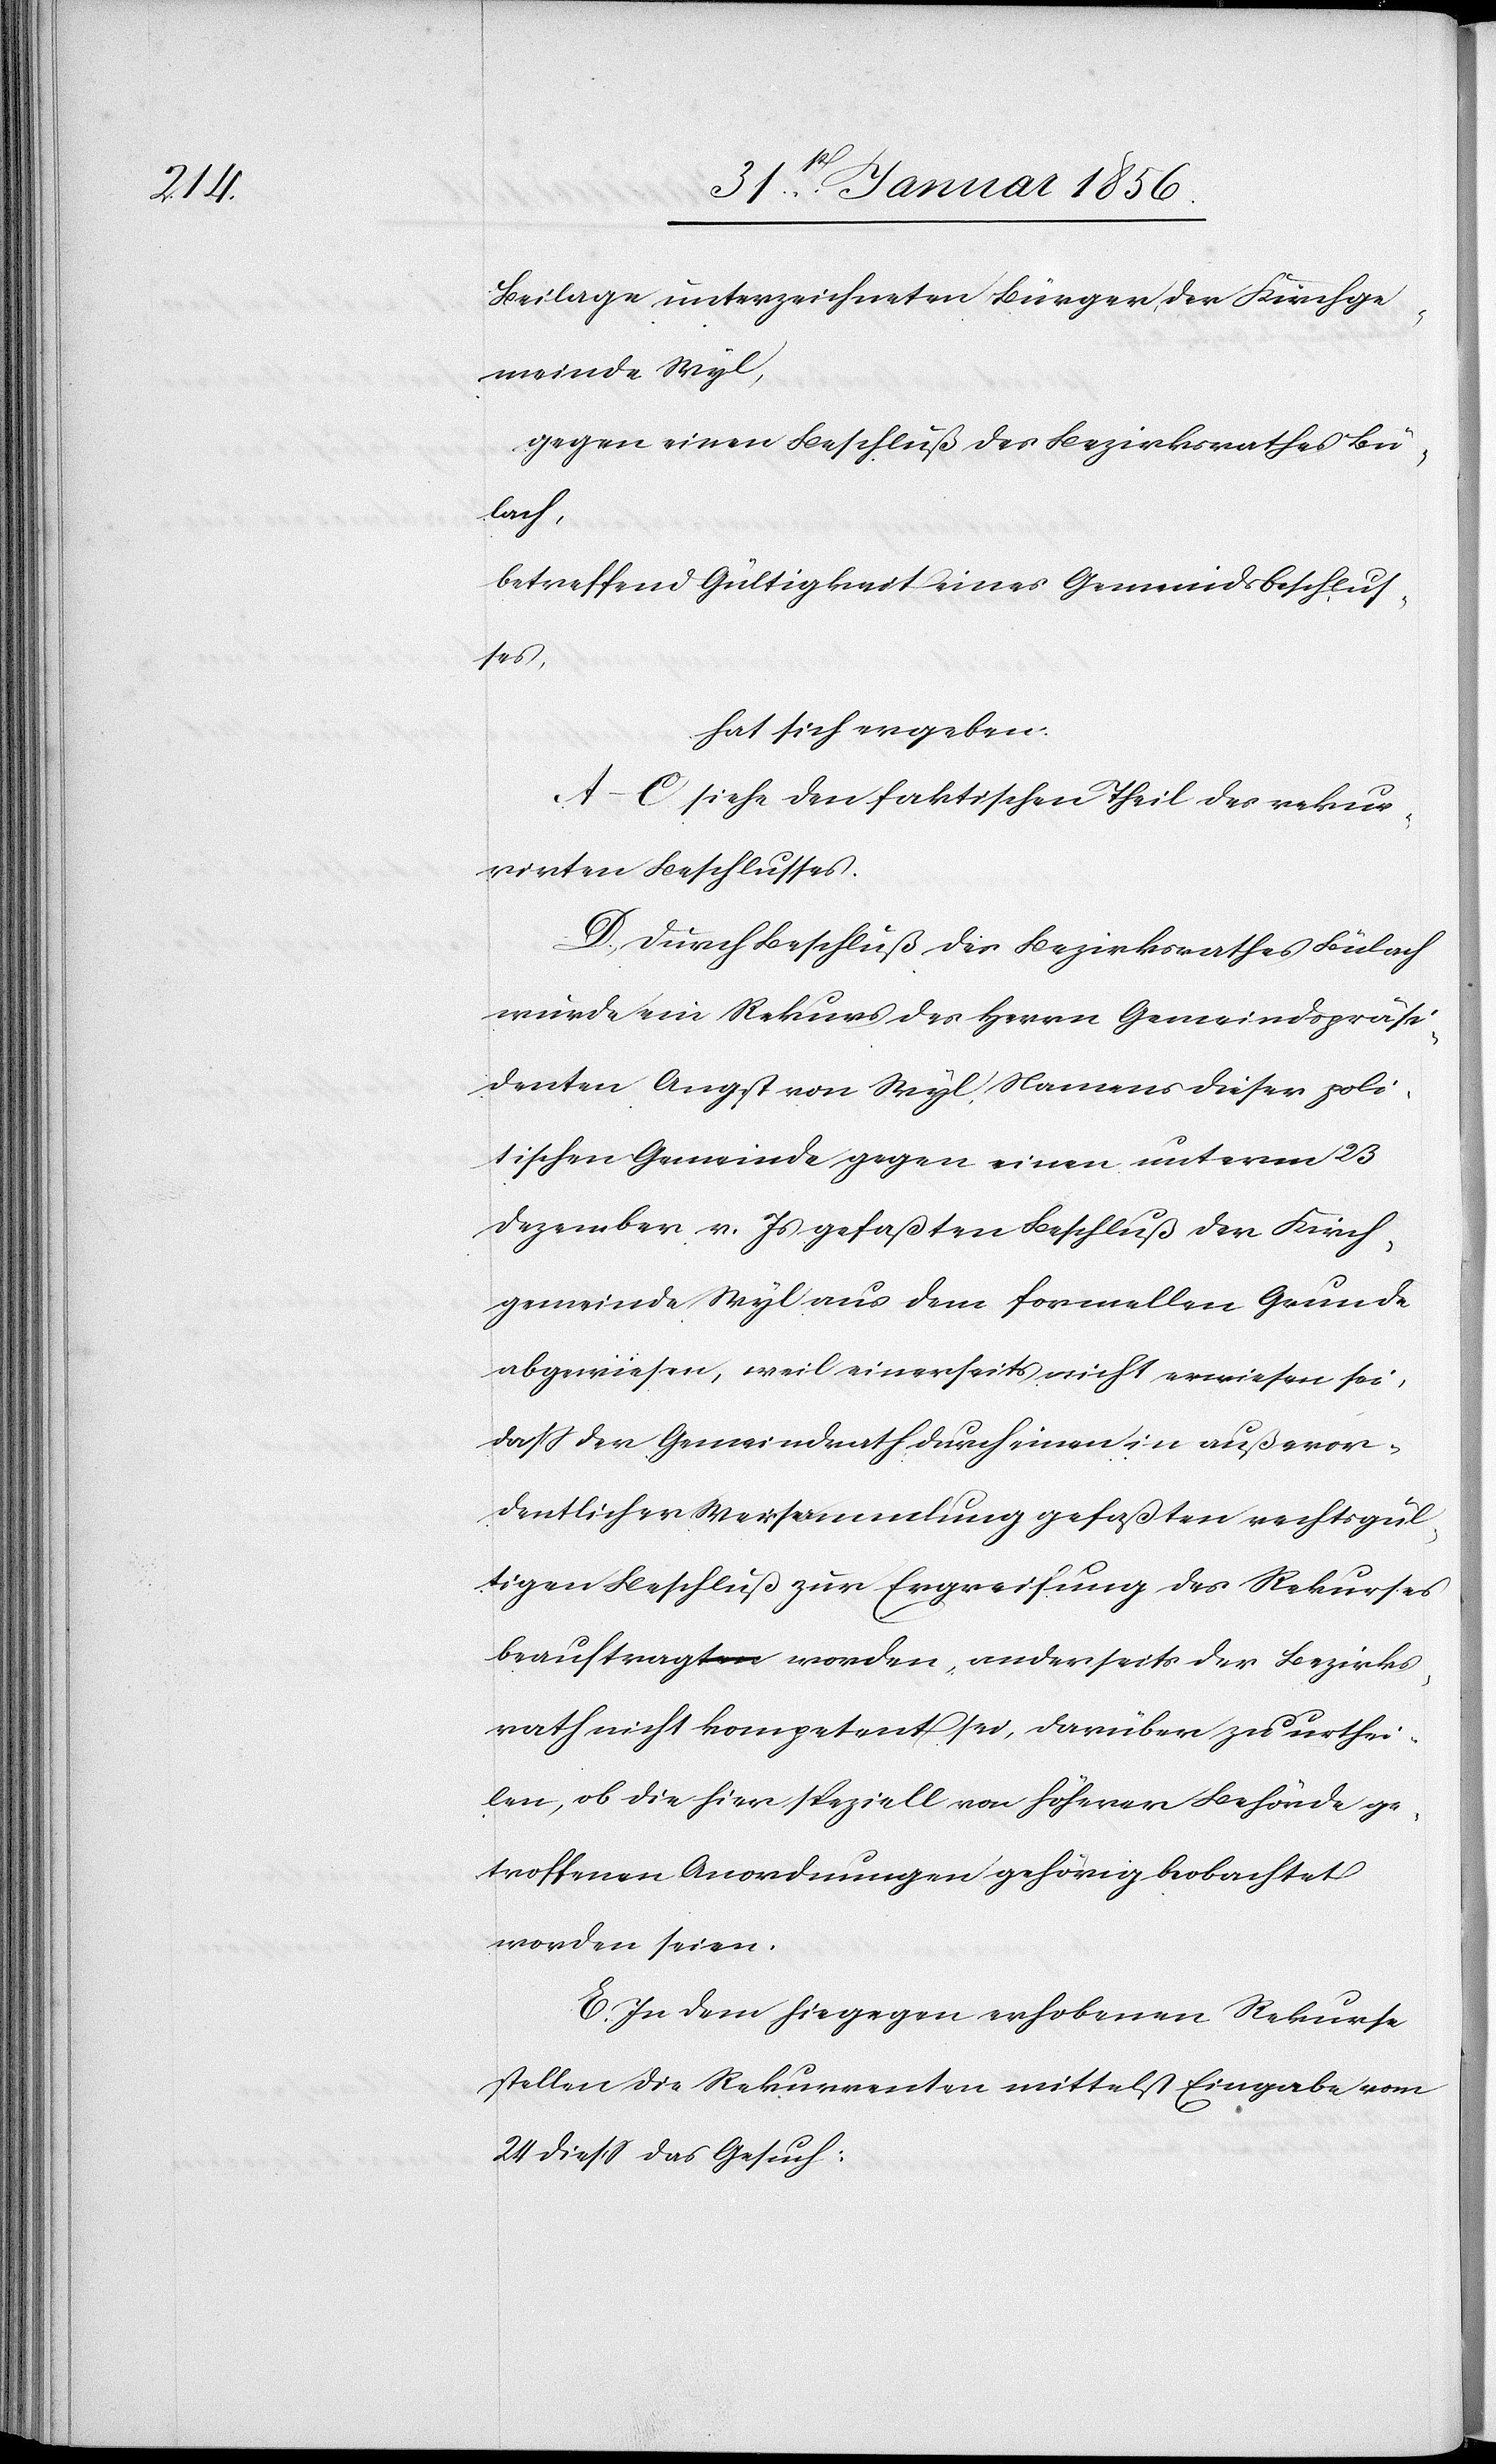
Beilage unterzeichneten Bürger der Kirchge¬
meinde Wyl,
gegen einen Beschluß des Bezirksrathes Bü¬
lach,
betreffend Gültigkeit eines Gemeindsbeschlus¬
ses,
hat sich ergeben:
A–C siehe den faktischen Theil des rekur¬
rirten Beschlusses.
D., Durch Beschluß des Bezirksrathes Bülach
wurde ein Rekurs des Herrn Gemeindspräsi¬
denten Angst von Wyl, Namens dieser poli¬
tischen Gemeinde gegen einen unterm 23
Dezember v. Js gefaßten Beschluß der Kirch¬
gemeinde Wyl aus dem formellen Grunde
abgewiesen, weil einerseits nicht erwiesen sei,
daß der Gemeindrath durch einen in außeror¬
dentlicher Wersammlung [sic!] gefaßten rechtsgül¬
tigen Beschluß zur Ergreifung des Rekurses
beauftragt worden, anderseits der Bezirks¬
rath nicht kompetent sei, darüber zu urthei¬
len, ob die hier speziell von höherer Behörde ge¬
troffenen Anordnungen gehörig beobachtet
worden seien.
E. In dem hiegegen erhobenen Rekurse
stellen die Rekurrenten mittelst Eingabe vom
24 dieß das Gesuch: